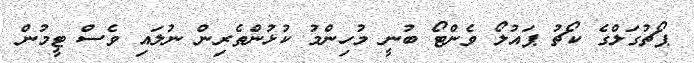
ޕޯޗުގަލްގެ ކޯޗު ޕައުލޯ ވެންޓޯ ބުނީ މުހިންމު ކުޅުންތެރިން ނުލައި ވެސް ޓީމުން